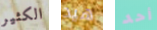
الكثير هيد أحد